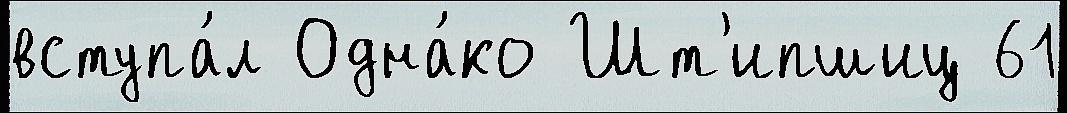
вступа́л Одна́ко Шт'ипшиц 61